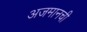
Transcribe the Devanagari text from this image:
अजमानची